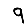
Digit: 9